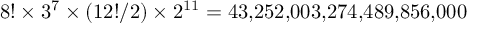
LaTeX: { 8 ! \times 3 ^ { 7 } \times ( 1 2 ! / 2 ) \times 2 ^ { 1 1 } } = 4 3 { , } 2 5 2 { , } 0 0 3 { , } 2 7 4 { , } 4 8 9 { , } 8 5 6 { , } 0 0 0